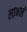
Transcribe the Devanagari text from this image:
लाभलं